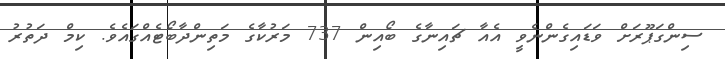
ސިންގަޕޫރަށް ވަޑައިގެންނެވީ އެއާ ޗައިނާގެ ބޯއިން 737 މަރުކާގެ މަތިންދާބޯޓެއްގައެވެ. ކިމް ދަތުރު